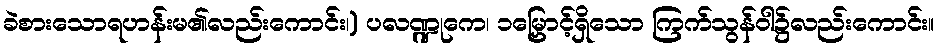
ခဲစားသောရဟန်းမ၏လည်းကောင်း၊) ပလဏ္ဍုကေ၊ ၁မြှောင့်ရှိသော ကြက်သွန်ဝါ၌လည်းကောင်း။